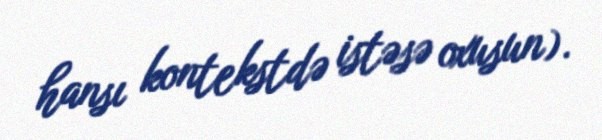
hansı kontekstdə istəsə oxusun).